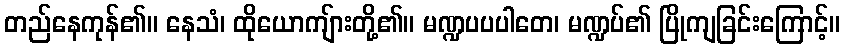
တည်နေကုန်၏။ နေသံ၊ ထိုယောကျ်ားတို့၏။ မဏ္ဍပပပါတေ၊ မဏ္ဍပ်၏ ပြိုကျခြင်းကြောင့်။